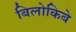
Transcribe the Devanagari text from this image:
बिलोकिबे